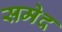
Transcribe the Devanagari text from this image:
समेद